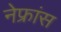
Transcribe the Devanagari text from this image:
नेफ्रांस